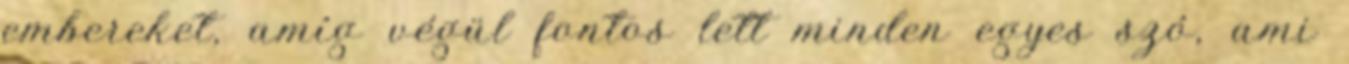
embereket, amíg végül fontos lett minden egyes szó, ami